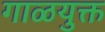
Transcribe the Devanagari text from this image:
गाळयुक्त